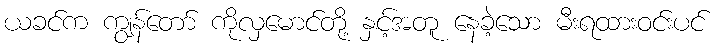
ယခင်က ကျွန်တော် ကိုလှမောင်တို့ နှင့်အတူ နေခဲ့သော မီးရထားဝင်းပင်